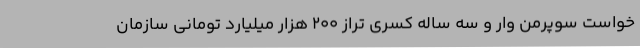
‌خواست سوپرمن وار و سه ساله کسری تراز 200 هزار میلیارد تومانیِ سازمان